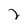
Character: 2